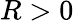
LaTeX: R>0